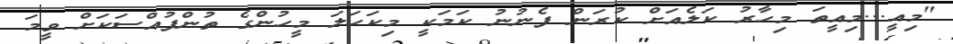
"މިއީ...މިއީތަ މިހާރު ކަލެއަށް ކުރަން ފެނުނު ކަމަކީ މިކަހަލަ މީހުންގެ ތުންފުއްސަކަށް ވީމަ